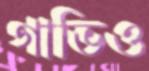
গাভিও